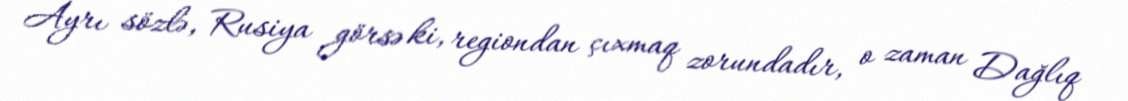
Ayrı sözlə, Rusiya görsə ki, regiondan çıxmaq zorundadır, o zaman Dağlıq